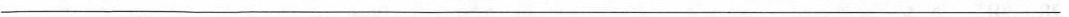
___